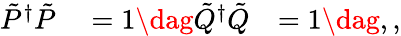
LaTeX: \begin{array}{rlr}{\tilde{P}^{\dagger}\tilde{P}}&{{}=1\dag\tilde{Q}^{\dagger}\tilde{Q}}&{=1\dag,,}\end{array}